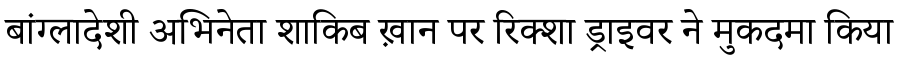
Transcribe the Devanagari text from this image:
बांग्लादेशी अभिनेता शाकिब ख़ान पर रिक्शा ड्राइवर ने मुकदमा किया